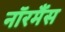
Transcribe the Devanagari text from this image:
नॉरमैंस